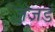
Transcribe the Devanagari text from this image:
जजडं